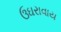
ઉઘરાવાય